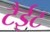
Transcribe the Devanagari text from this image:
टैईट